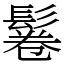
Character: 鬈